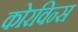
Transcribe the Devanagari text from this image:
कोरविन्स